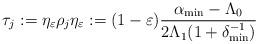
LaTeX: \begin{align*} \tau_j:=\eta_\varepsilon \rho_j \eta_\varepsilon:=(1-\varepsilon)\frac{\alpha_{\min} -\Lambda_0 }{2\Lambda_1 (1+\delta_{\min}^{-1})} \end{align*}